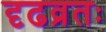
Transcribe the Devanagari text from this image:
दृढव्रतः